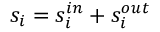
s _ { i } = s _ { i } ^ { i n } + s _ { i } ^ { o u t }